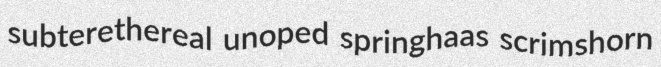
subterethereal unoped springhaas scrimshorn